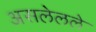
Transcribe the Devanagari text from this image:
असलेलले